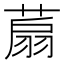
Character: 𦶋